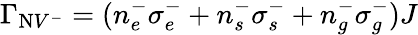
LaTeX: \Gamma_{\mathrm{N}V^{-}}=(n_{e}^{-}\sigma_{e}^{-}+n_{s}^{-}\sigma_{s}^{-}+n_{g}^{-}\sigma_{g}^{-})J